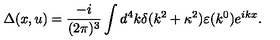
\Delta ( x , u ) = \frac { - i } { ( 2 \pi ) ^ { 3 } } \int d ^ { 4 } k \delta ( k ^ { 2 } + \kappa ^ { 2 } ) \varepsilon ( k ^ { 0 } ) e ^ { i k x } .